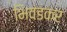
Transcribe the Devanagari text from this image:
भिवंडकर